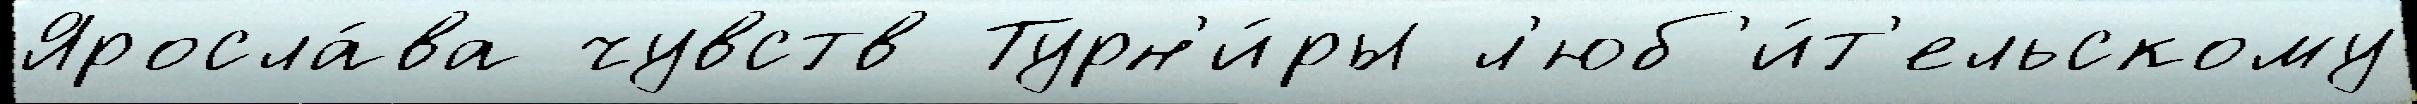
Яросла́ва чувств Турн'и́ры л'юб'и́т'ельскому